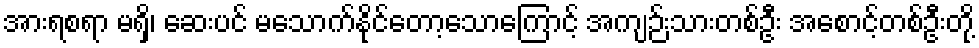
အားရစရာ မရှိ၊ ဆေးပင် မသောက်နိုင်တော့သောကြောင့် အကျဉ်းသားတစ်ဦး အစောင့်တစ်ဦးတို့